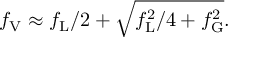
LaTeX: f _ { \mathrm { V } } \approx f _ { \mathrm { L } } / 2 + { \sqrt { f _ { \mathrm { L } } ^ { 2 } / 4 + f _ { \mathrm { G } } ^ { 2 } } } .